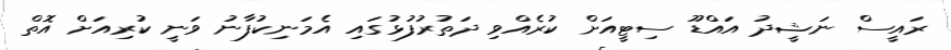
ރައީސް ނަޝީދު އައްޑޫ ސިޓީއަށް ކުރެއްވި ދަތުރުފުޅުގައި އެމަނިކުފާނު ވަނީ ކުރިއަށް އޮތް